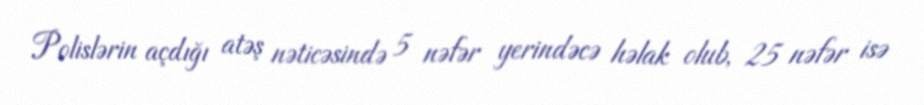
Polislərin açdığı atəş nəticəsində 5 nəfər yerindəcə həlak olub, 25 nəfər isə